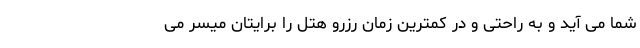
شما می آید و به راحتی و در کمترین زمان رزرو هتل را برایتان میسر می